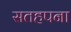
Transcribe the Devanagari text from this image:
सतहपना